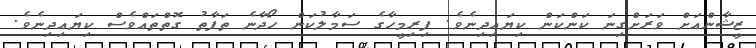
ޒީޝާންއަށް ވަރަށްގިނަ ކަންކަން ކިޔައިދިނެވެ. ފިރިމީހާގެ ސަމާލުކަން ހޯދާނެ ތަފާތު ގޮތްތައްވެސް ކިޔައިދިނެވެ.